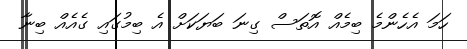
ހަމަ އެހެންމެ ބިމެއް އޮތަސް ގިނަ ބަޔަކަށް އެ ބިމުގައި ގެއެއް ބިނާ